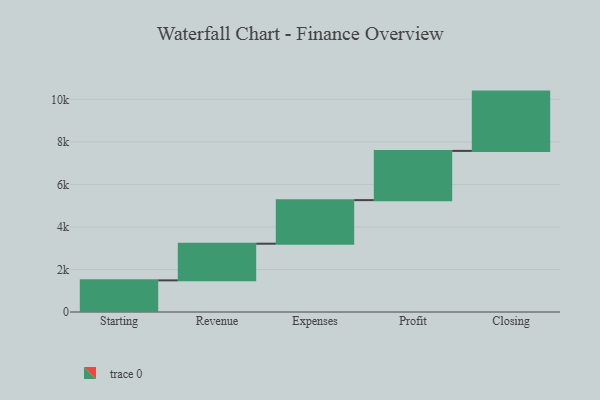
{"axis": {"x": "Step", "y": "Value"}, "legend": [""], "data": [{"x": "Starting", "y": 1488.0, "type": ""}, {"x": "Revenue", "y": 1724.0, "type": ""}, {"x": "Expenses", "y": 2049.0, "type": ""}, {"x": "Profit", "y": 2315.0, "type": ""}, {"x": "Closing", "y": 2789.0, "type": ""}]}